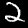
Label: 2